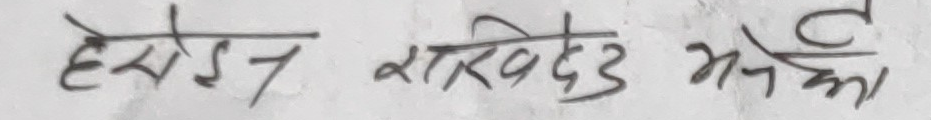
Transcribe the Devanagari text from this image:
हेरोइन राखिदेउ भनेको